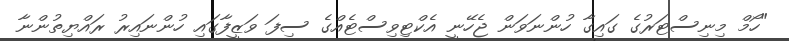
"ހޯމް މިނިސްޓަރުގެ ގައިގާ ހުންނަވަން ޖެހޭނީ އެކްޓިވިސްޓެއްގެ ސިފަ ވަޒީފާގައި ހުންނައިރު ރައްޔިތުންނާ